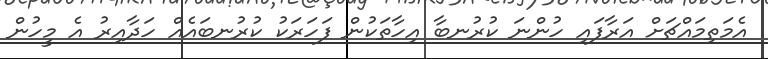
އެމަތިމައްޗަށް އަރާފައި ހުންނަ ކުރުނބާ އިހާތަކުން ފަހަރަކު ކުރުނބައެއް ހަދާއިރު އެ މީހުން